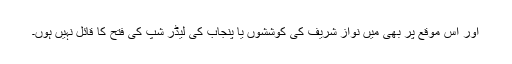
اور اس موقع پر بھی میں نواز شریف کی کوششوں یا پنجاب کی لیڈر شپ کی فتح کا قائل نہیں ہوں۔